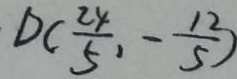
D ( \frac { 2 4 } { 5 } , - \frac { 1 2 } { 5 } )